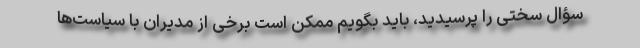
سؤال سختی را پرسیدید، باید بگویم ممکن است برخی از مدیران با سیاست‌ها